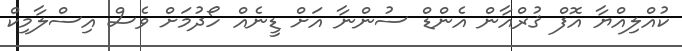
ކުއްލިއްޔާ އޮފް ޤުރްއާން އެންޑް ސުންނާ އަށް ޑީނެއް ހޯދުމަށް ވެސް އިސްލާމިކް